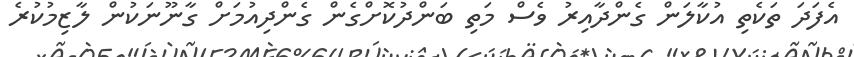
އެފަދަ ތަކެތި އުކާލަން ގެންދާއިރު ވެސް މަތި ބަންދުކޮށްގެން ގެންދިއުމަށް ގާނޫނަކުން ލާޒިމުކުރެ